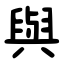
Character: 與